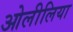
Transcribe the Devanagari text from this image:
ओलीलिया